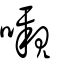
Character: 嚫